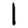
Digit: 1